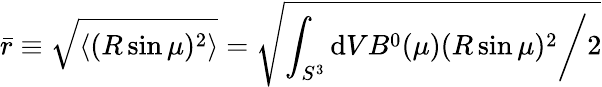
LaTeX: \bar{r}\equiv\sqrt{\langle(R\sin\mu)^{2}\rangle}=\sqrt{\left.\int_{S^{3}}\mathrm{d}VB^{0}(\mu)(R\sin\mu)^{2}\right/2}